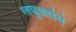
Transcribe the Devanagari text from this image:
लघुग्रहांचे